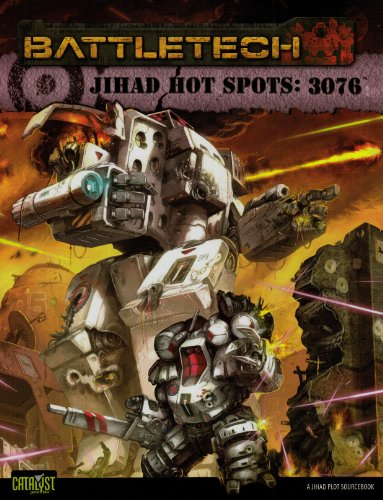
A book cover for Battletech Jihad Hot Spots 3076; Catalyst Game Labs; Science Fiction & Fantasy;